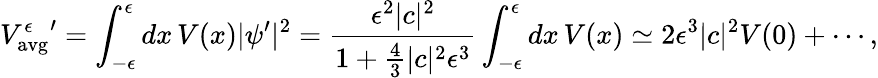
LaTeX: {V_{\mathrm{avg}}^{\epsilon}}^{\prime}=\int_{-\epsilon}^{\epsilon}dx\, V(x)|\psi^{\prime}|^{2}={\frac{\epsilon^{2}|c|^{2}}{1+{\frac{4}{3}}|c|^{2}\epsilon^{3}}}\int_{-\epsilon}^{\epsilon}dx\, V(x)\simeq 2\epsilon^{3}|c|^{2}V(0)+\cdots,